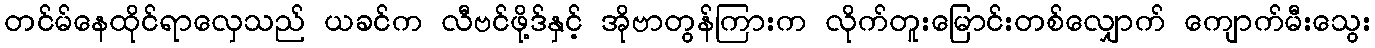
တင်မ်နေထိုင်ရာလှေသည် ယခင်က လီဗင်ဖို့ဒ်နှင့် အိုဗာတွန်ကြားက လိုက်တူးမြောင်းတစ်လျှောက် ကျောက်မီးသွေး